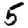
Digit: 5